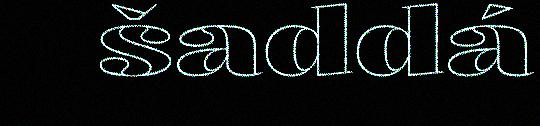
šaddá